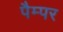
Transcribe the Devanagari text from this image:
पैम्पर